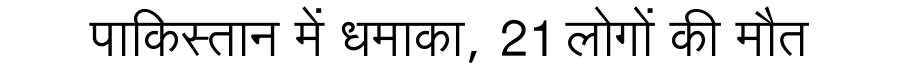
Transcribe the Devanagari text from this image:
पाकिस्तान में धमाका, 21 लोगों की मौत